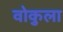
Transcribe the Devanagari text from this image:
वोकुला